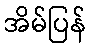
အိမ်ပြန်